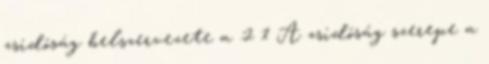
zsidóság belszervezete a .2 1 A zsidóság szerepe a